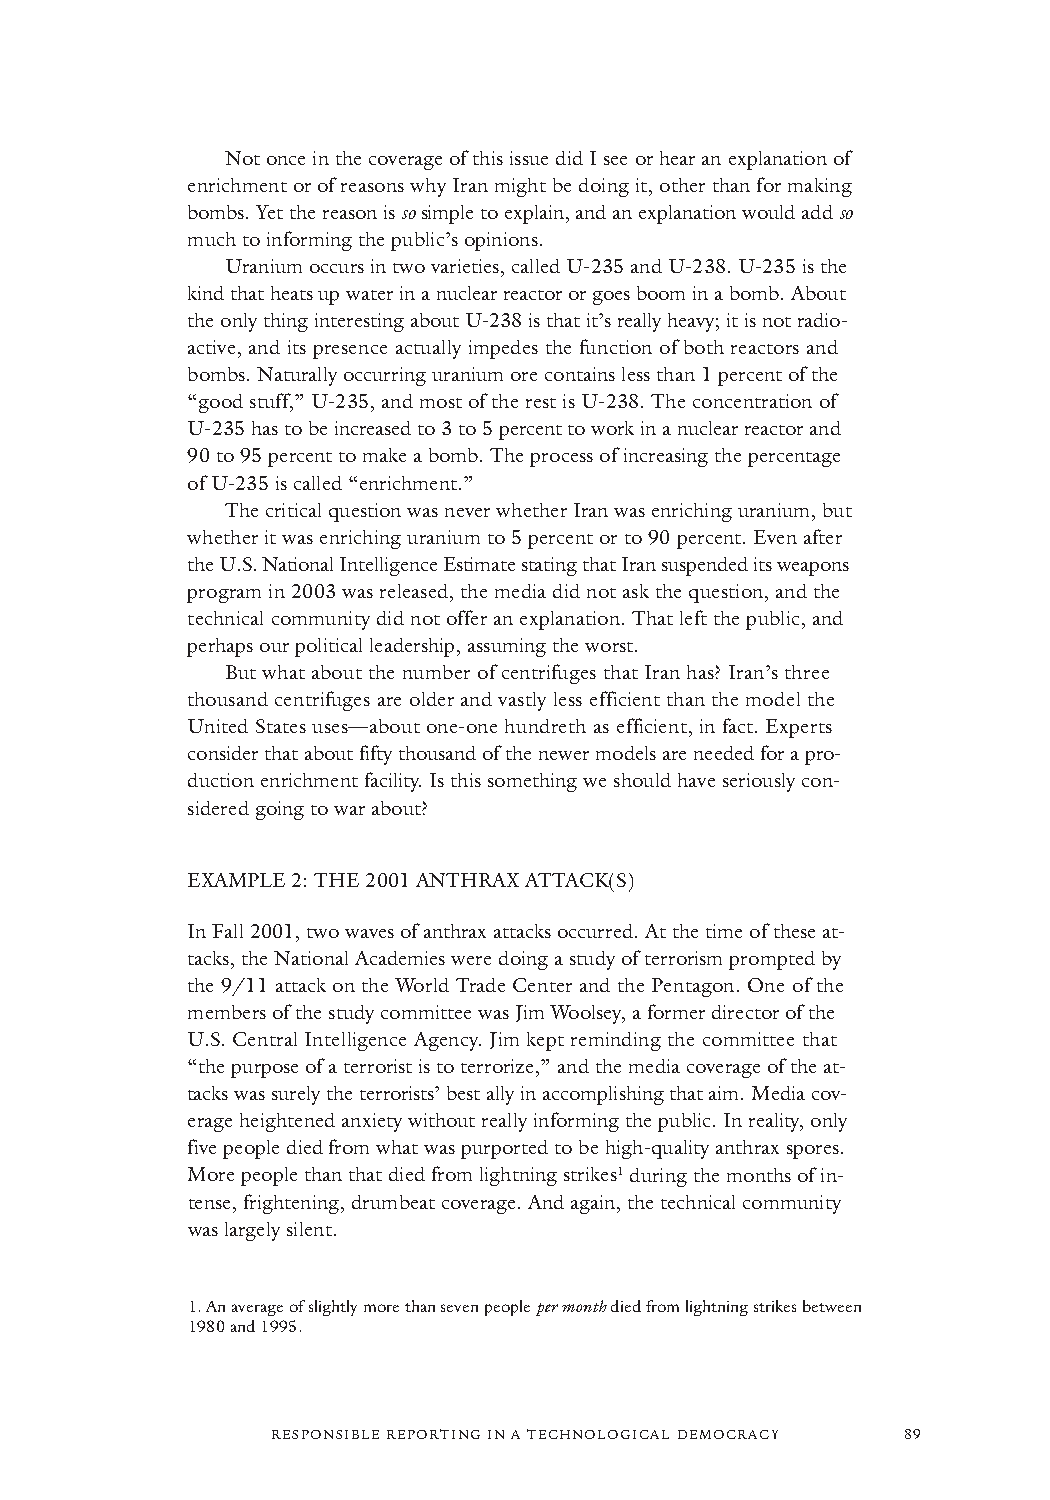
Not once in the coverage of this issue did I see or hear an explanation of
 enrichment or of reasons why Iran might be doing it, other than for making
 bombs. Yet the reason is sosimple to explain, and an explanation would add so
 much to informing the public’s opinions.
 Uranium occurs in two varieties, called U-235and U-238. U-235is the
 kind that heats up water in a nuclear reactor or goes boom in a bomb. About
 the only thing interesting about U-238is that it’s really heavy; it is not radio-
 active, and its presence actually impedes the function of both reactors and
 bombs. Naturally occurring uranium ore contains less than 1 percent of the
 “good stuff,” U-235, and most of the rest is U-238. The concentration of
 U-235has to be increased to 3 to 5 percent to work in a nuclear reactor and
 90 to 95 percent to make a bomb. The process of increasing the percentage
 of U-235is called “enrichment.”
 The critical question was never whether Iran was enriching uranium, but
 whether it was enriching uranium to 5 percent or to 90 percent. Even after
 the U.S. National Intelligence Estimate stating that Iran suspended its weapons
 program in 2003 was released, the media did not ask the question, and the
 technical community did not offer an explanation. That left the public, and
 perhaps our political leadership, assuming the worst.
 But what about the number of centrifuges that Iran has? Iran’s three
 thousand centrifuges are older and vastly less efficient than the model the
 United States uses—about one-one hundreth as efficient, in fact. Experts
 consider that about fifty thousandof the newer models are needed for a pro-
 duction enrichment facility. Is this something we should have seriously con-
 sidered going to war about?
 EXAMPLE 2: THE 2001 ANTHRAX ATTACK(S)
 In Fall 2001, two waves of anthrax attacks occurred. At the time of these at-
 tacks, the National Academies were doing a study of terrorism prompted by
 the 9/11 attack on the World Trade Center and the Pentagon. One of the
 members of the study committee was Jim Woolsey, a former director of the
 U.S. Central Intelligence Agency. Jim kept reminding the committee that
 “the purpose of a terrorist is to terrorize,” and the media coverage of the at-
 tacks was surely the terrorists’ best ally in accomplishing that aim. Media cov-
 erage heightened anxiety without really informing the public. In reality, only
 five people died from what was purported to be high-quality anthrax spores.
 More people than that died from lightning strikes1duringthe months of in-
 tense, frightening, drumbeat coverage. And again, the technical community
 was largely silent.
 1.An average of slightly more than seven people per monthdied from lightning strikes between
 1980 and 1995.
 RESPONSIBLE REPORTING IN A TECHNOLOGICAL DEMOCRACY 89